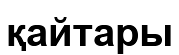
қайтары